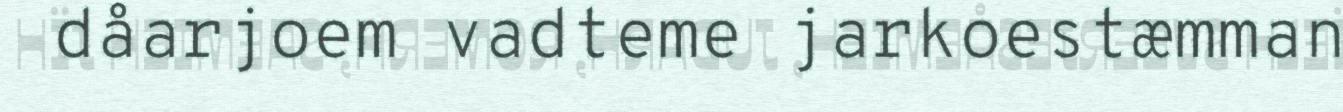
dåarjoem vadteme jarkoestæmman